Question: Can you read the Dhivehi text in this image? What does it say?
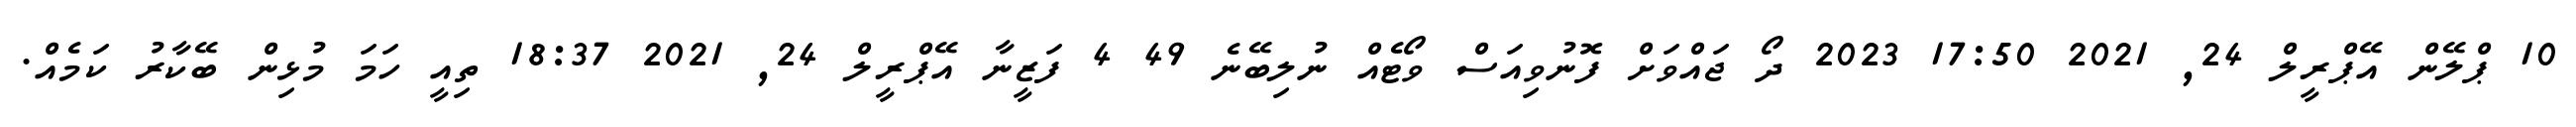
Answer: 10 ޕްލޭން އޭޕްރީލް 24, 2021 17:50 2023 ދޯ ޖައްވަށް ފޮނުވިއަސް ވޯޓެއް ނުލިބޭނެ 49 4 ފަޒީނާ އޭޕްރީލް 24, 2021 18:37 ތިއީ ހަމަ މުޅިން ބޭކާރު ކަމެއް.